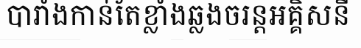
បារាំងកាន់តែខ្លាំងឆ្លងចរន្តអគ្គិសនី